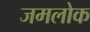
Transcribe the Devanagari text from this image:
जमलोक